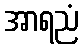
အာရညံ